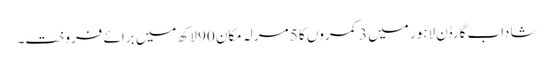
شاداب گارڈن لاہور میں 3 کمروں کا 5 مرلہ مکان 90 لاکھ میں برائے فروخت۔